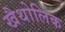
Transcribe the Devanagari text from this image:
खैथोलिक